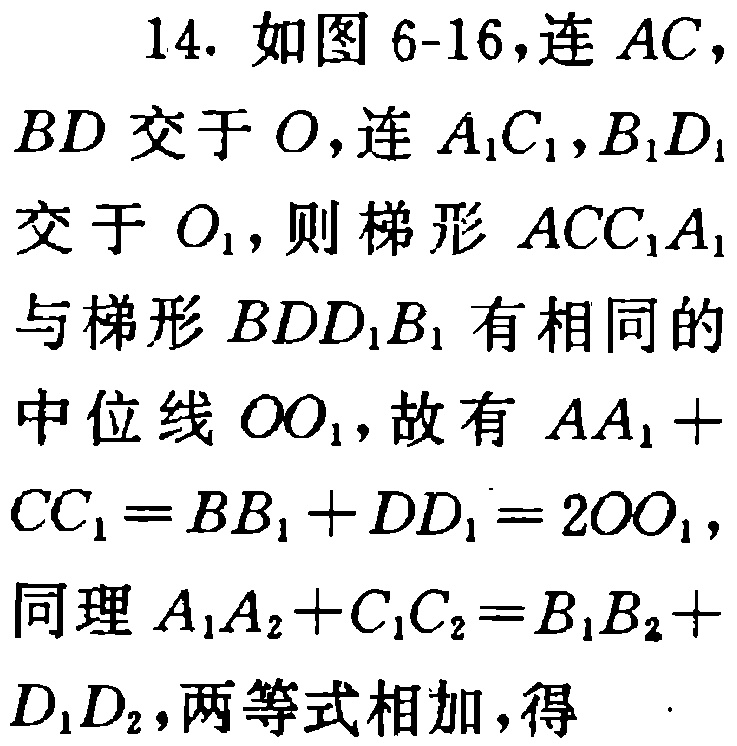
14. 如图6-16,连 \(AC\)，\(BD\) 交于 \(O\)，连 \(A_{1}C_{1}\)，\(B_{1}D_{1}\) 交于 \(O_{1}\)，则梯形 \(ACC_{1}A_{1}\) 与梯形 \(BDD_{1}B_{1}\) 有相同的中位线 \(OO_{1}\)，故有 \(AA_{1}+CC_{1}=BB_{1}+DD_{1}=2OO_{1}\)，同理 \(A_{1}A_{2}+C_{1}C_{2}=B_{1}B_{2}+D_{1}D_{2}\)，两等式相加，得  .